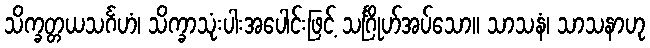
သိက္ခတ္တယသင်္ဂဟံ၊ သိက္ခာသုံးပါးအပေါင်းဖြင့် သင်္ဂြိုဟ်အပ်သော။ သာသနံ၊ သာသနာဟု